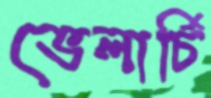
ভেলার্চি